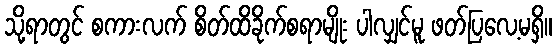
သို့ရာတွင် စကားလက် စိတ်ထိခိုက်စရာမျိုး ပါလျှင်မူ ဖတ်ပြလေ့မရှိ။